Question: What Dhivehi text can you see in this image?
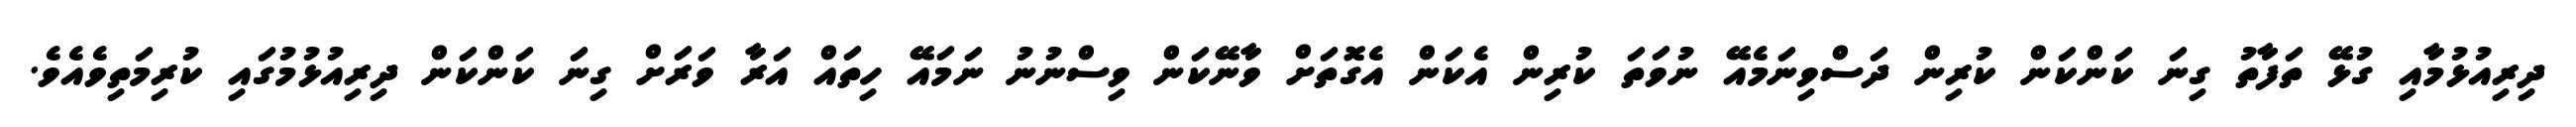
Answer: ދިރިއުޅުމާއި ގުޅޭ ތަފާތު ގިނަ ކަންކަން ކުރިން ދަސްވިނަމެއޭ ނުވަތަ ކުރިން އެކަން އެގޮތަށް ވާނޭކަން ވިސްނުނު ނަމައޭ ހިތައް އަރާ ވަރަށް ގިނަ ކަންކަން ދިރިއުޅުމުގައި ކުރިމަތިވެއެވެ.